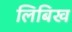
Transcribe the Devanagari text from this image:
लिबिख